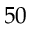
5 0